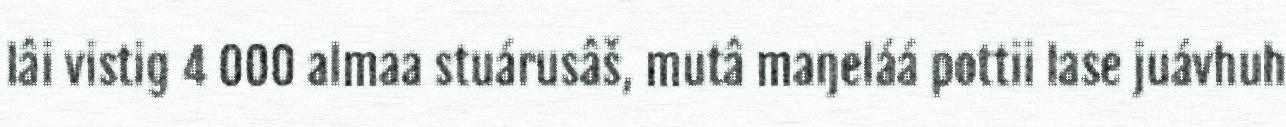
lâi vistig 4 000 almaa stuárusâš, mutâ maŋeláá pottii lase juávhuh